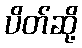
ပိတ်ဆို့